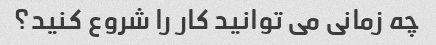
چه زمانی می توانید کار را شروع کنید؟